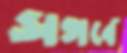
সগর্বে